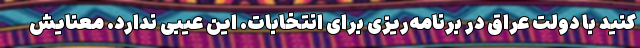
کنید با دولت عراق در برنامه‌ریزی برای انتخابات. این عیبی ندارد. معنایش